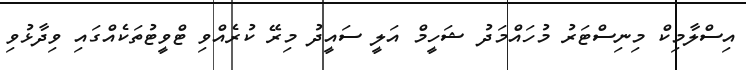
އިސްލާމިކް މިނިސްޓަރު މުހައްމަދު ޝަހީމް އަލީ ސައީދު މިރޭ ކުރެއްވި ޓްވީޓުތަކެއްގައި ވިދާޅުވި